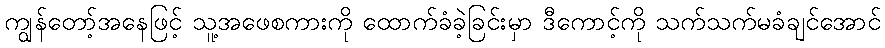
ကျွန်တော့်အနေဖြင့် သူ့အဖေစကားကို ထောက်ခံခဲ့ခြင်းမှာ ဒီကောင့်ကို သက်သက်မခံချင်အောင်